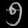
Digit: ၅